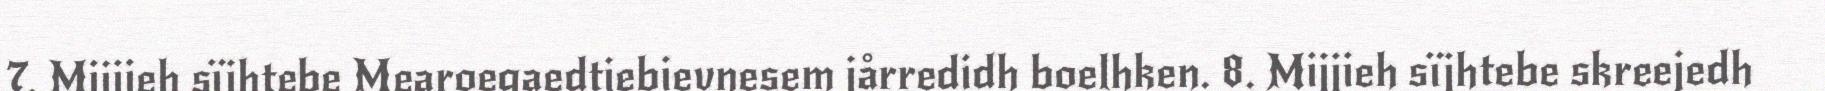
7. Mijjieh sïjhtebe Mearoegaedtiebievnesem jårredidh boelhken. 8. Mijjieh sïjhtebe skreejedh